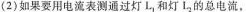
{2)如果要用电流表测通过灯L_{1}，和灯I_{2}的总电流，